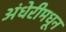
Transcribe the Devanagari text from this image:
अंधेरीमधून